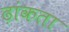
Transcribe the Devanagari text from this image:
ढ़ांकता